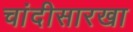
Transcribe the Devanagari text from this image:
चांदीसारखा